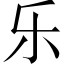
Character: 乐